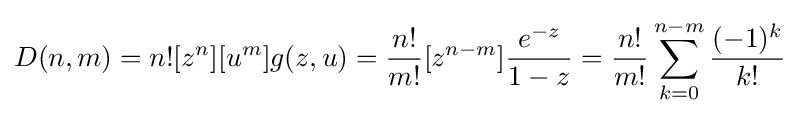
D(n,m)=n![z^{n}][u^{m}]g(z,u)={\frac {n!}{m!}}[z^{n-m}]{\frac {e^{-z}}{1-z}}={\frac {n!}{m!}}\sum _{k=0}^{n-m}{\frac {(-1)^{k}}{k!}}